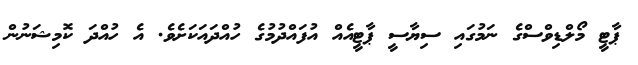
ޕާޓީ މޯލްޑިވްސްގެ ނަމުގައި ސިޔާސީ ޕާޓީއެއް އުފައްދުމުގެ ހުއްދައަކަށެވެ. އެ ހުއްދަ ކޮމިޝަނުން